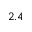
2 . 4